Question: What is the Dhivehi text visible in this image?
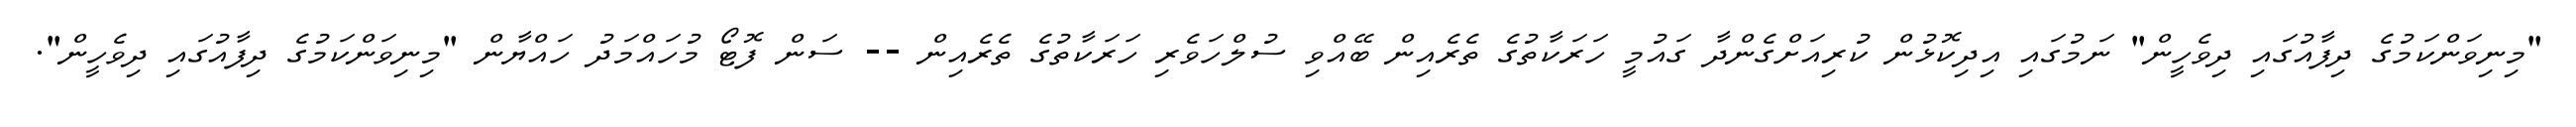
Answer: "މިނިވަންކަމުގެ ދިފާއުގައި ދިވެހީން" ނަމުގައި އިދިކޮޅުން ކުރިއަށްގެންދާ ގައުމީ ހަރަކާތުގެ ތެރެއިން ބޭއްވި ސުލްހަވެރި ހަރަކާތުގެ ތެރެއިން -- ސަން ފޮޓޯ މުހައްމަދު ހައްޔާން "މިނިވަންކަމުގެ ދިފާއުގައި ދިވެހީން".